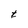
Character: t